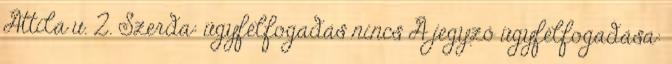
Attila u. 2. Szerda: ügyfélfogadás nincs A jegyző ügyfélfogadása: